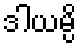
ဒါယမ္ပိ